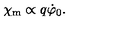
\chi _ { \mathrm { m } } \propto q \dot { \varphi } _ { 0 } .